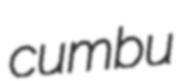
cumbu